Report on the working of the Ranchi Indian Mental Hospital, Kanke, in Bihar and Orissa - 1930-1940
Year: 1930
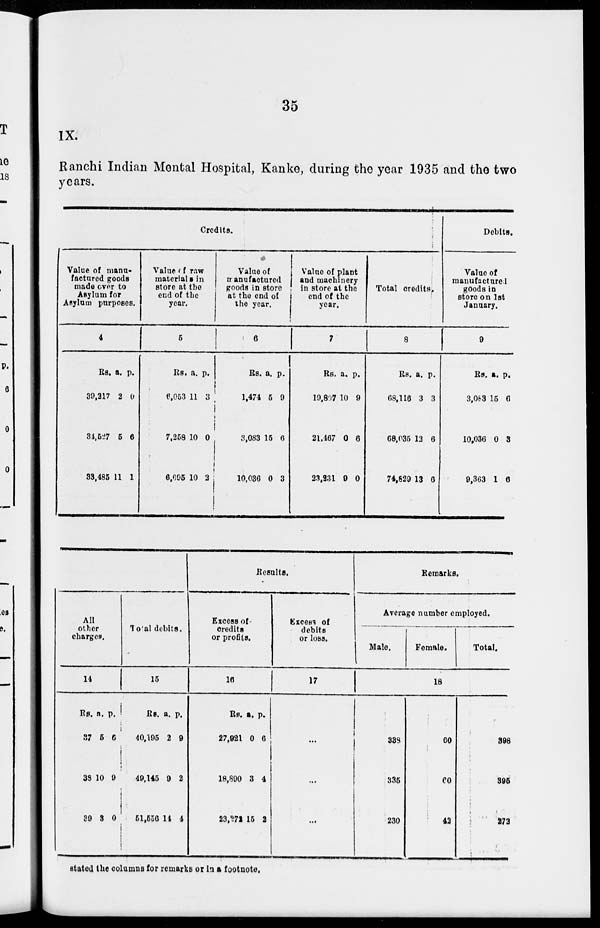
35
IX.
Ranchi Indian Mental Hospital, Kanke, during the year 1935 and the two
years.
Credits.
Value of manu-
factured goods
made over to
Asylum for
Asylum purposes.
4
Rs.
39,217
31,527
33,485
a.
2
5
11
p.
0
6
1
Value of raw
materials in
store at the
end of the
year.
5
Rs.
6,053
7,258
6,695
a.
11
10
10
p.
3
0
2
Value of
manufactured
goods in store
at the end of
the year.
6
Rs.
1,474
3,083
10,036
a.
5
15
0
p.
9
6
3
Value of plant
and machinery
in store at the
end of the
year.
7
Rs.
19,807
21,467
23,231
a.
10
0
9
p.
9
6
0
Total credits.
8
Rs.
68,110
68,035
74,829
a.
3
12
13
p.
3
6
6
Debits.
Value of
manufactured
goods in
store on 1st
January.
9
Rs.
3,083
10,036
9,363
a.
15
0
1
p.
6
3
6
All
other
charges.
14
Rs.
37
38
39
a.
5
10
3
p.
0
9
0
Total debits.
15
Rs.
40,195
49,145
51,556
a.
2
9
14
p.
9
2
4
Results.
Excess of
credits
or profits.
16
Rs.
27,921
18,890
23,272
a.
0
3
15
p.
6
4
2
Excess of
debits
or loss.
17
...
...
...
Remarks.
Average number employed.
Male.
Female.
Total.
18
338
335
230
60
60
42
398
396
272
stated the columns for remarks or in a footnote.